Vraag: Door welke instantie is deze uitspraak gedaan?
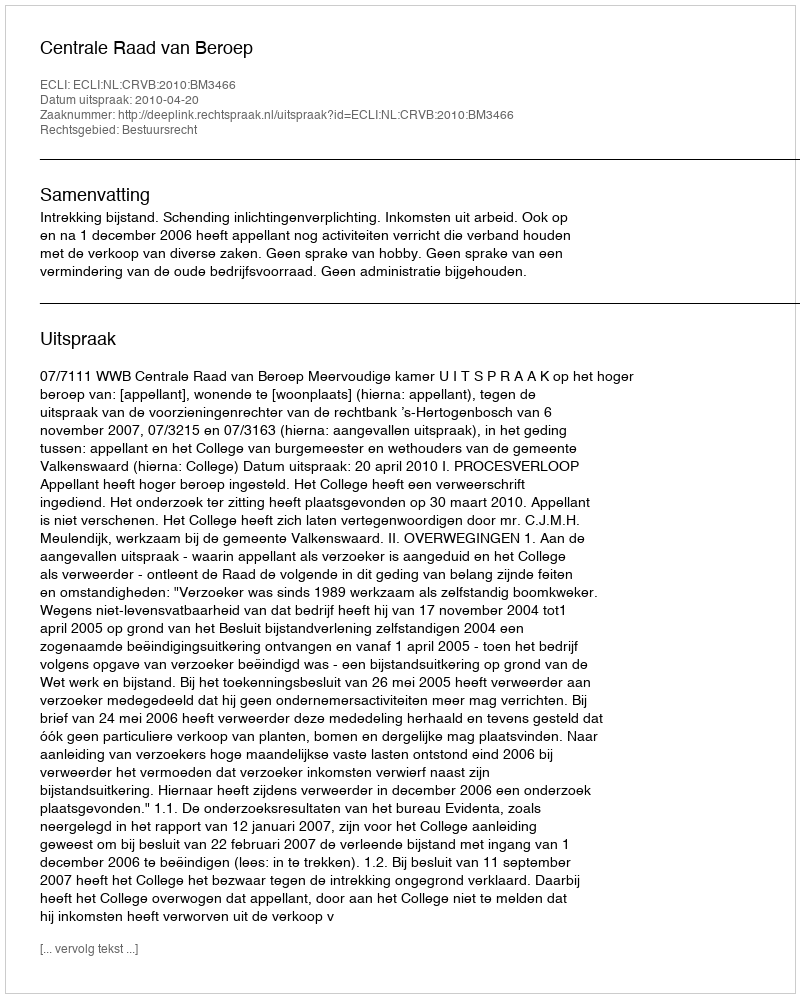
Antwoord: Centrale Raad van Beroep